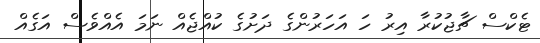
ޓެކްސް ޗާޖުކުރާ އިރު ހަ އަހަރުންގެ ދަށުގެ ކުއްޖެއް ނަމަ އެއްވެސް އަގެއް